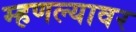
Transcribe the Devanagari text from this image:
म्हणल्यावर